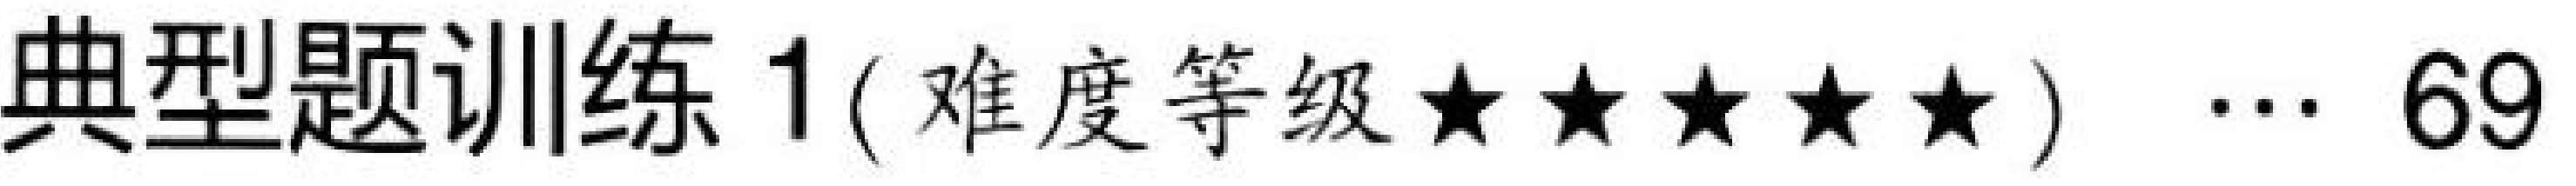
典型题训练 1 ( 难度等级★★★★★ )  … 69